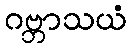
ဂဗ္ဘာသယံ